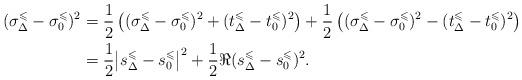
LaTeX: \begin{align*}(\sigma_\Delta^\leqslant-\sigma_0^\leqslant)^2&=\frac12\left((\sigma_\Delta^\leqslant-\sigma_0^\leqslant)^2+(t_\Delta^\leqslant-t_0^\leqslant)^2\right)+\frac12\left((\sigma_\Delta^\leqslant-\sigma_0^\leqslant)^2-(t_\Delta^\leqslant-t_0^\leqslant)^2\right)\\&=\frac12\bigl|s_\Delta^\leqslant-s_0^\leqslant\bigr|^2+\frac12\Re(s_\Delta^\leqslant-s_0^\leqslant)^2.\end{align*}